Indian journal of veterinary science and animal husbandry - Volume 8,
Year: 1938
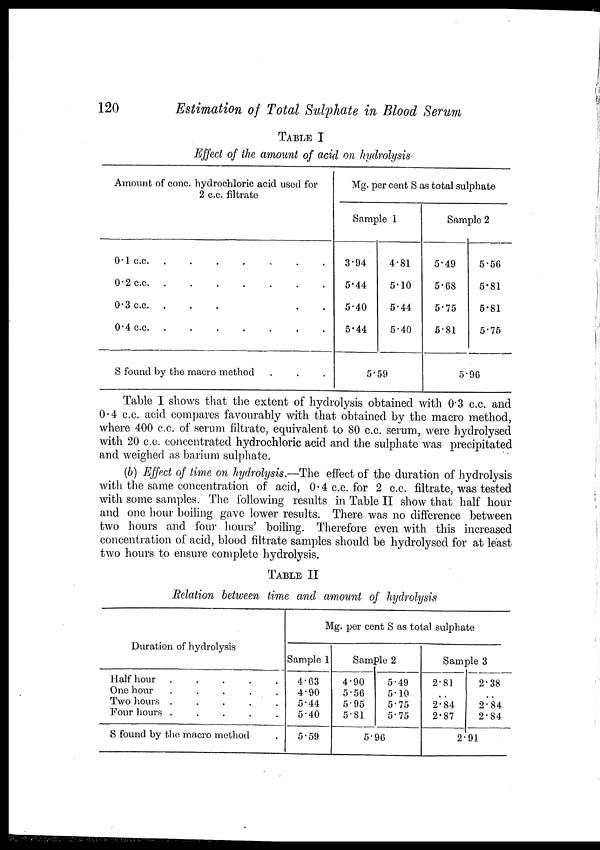
120
Estimation of Total Sulphate in Blood Serum
TABAL I
Effect of the amount of acid on hydrolysis
Amount of conc. hydrochloric acid used for
2 c.c. filtrate
0.1 c.c
.
.
.
.
.
0.2 c.c
.
.
.
.
.
0.3 c.c . . . . .
0.4 c.c
.
.
.
.
.
S found by the macro method
Mg. per cent S as total sulphate
Sample 1
3.94
5.44
5.40
5.44
4.81
5.10
5.44
5.40
5.59
Sample 2
5.49
5.68
5.75
5.81
5.56
5.81
5.81
5.76
5.96
Table I shows that the extent of hydrolysis obtained with 0.3 c.c. and
0.4 c.c. acid compares favourably with that obtained by the macro method,
where 400 c.c. of serum filtrate, equivalent to 80 c.c. serum, were hydrolysed
with 20 c.c. concentrated hydrochloric acid and the sulphate was precipitated
and weighed as barium sulphate.
(b) Effect of time on hydrolysis.—The effect of the duration of hydrolysis
with the same concentration of acid, 0.4 c.c. for 2 c.c. filtrate, was tested
with some samples. The following results in Table II show that half hour
and one hour boiling gave lower results. There was no difference between
two hours and four hours' boiling. Therefore even with this increased
concentration of acid, blood filtrate samples should be hydrolysed for at least
two hours to ensure complete hydrolysis.
TABLE II
Relation between time and amount of hydrolysis
Duration of hydrolysis
Half hour
.
.
.
.
.
One hour
.
.
.
.
.
Two hours
.
.
.
.
.
Four hours
.
.
.
.
.
S found by the macro method
Mg. per cent S as total sulphate
Sample 1
4.63
4.90
5.44
5.40
5.59
Sample 2
4.90
5.56
5.95
5.81
5.49
5.10
5.75
5.75
5.96
Sample 3
2.81
..
2.84
2.87
2.38
..
2.84
2.84
2.91